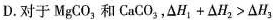
D.对于MgCO_{3}和CaCO_{3}，$$\Delta H_{1}+\Delta H_{2}>\Delta H_{3}$$